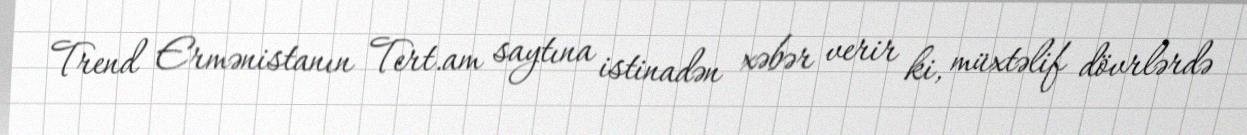
Trend Ermənistanın Tert.am saytına istinadən xəbər verir ki, müxtəlif dövrlərdə